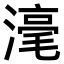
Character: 𣻼